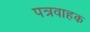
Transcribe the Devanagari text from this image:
पत्रवाहक